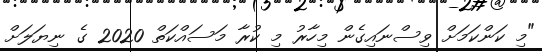
"މި ކަންކަމަށް ވިސްނައިގެން މިހާރު މި ކުރާ މަސައްކަތް 2020 ގެ ނިޔަލަށް